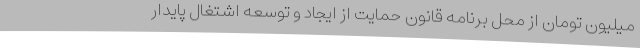
میلیون تومان از محل برنامه قانون حمایت از ایجاد و توسعه اشتغال پایدار